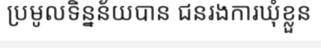
ប្រមូលទិន្នន័យបាន ជនរងការឃុំខ្លួន